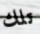
تلك